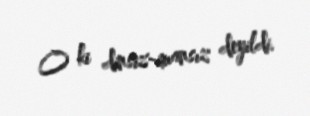
O ki dinsiz-imansız deyildi.